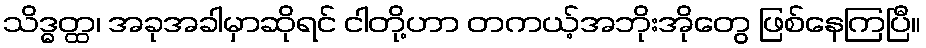
သိဒ္ဓတ္ထ၊ အခုအခါမှာဆိုရင် ငါတို့ဟာ တကယ့်အဘိုးအိုတွေ ဖြစ်နေကြပြီ။